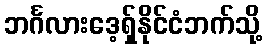
ဘင်္ဂလားဒေ့ရှ်နိုင်ငံဘက်သို့